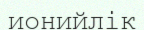
ионийлік